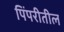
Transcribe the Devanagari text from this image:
पिंपरीतील